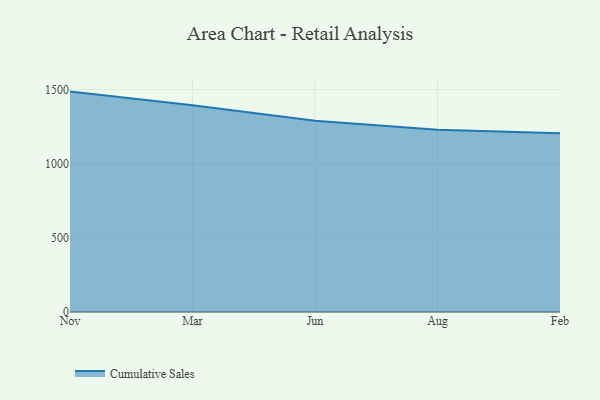
{"axis": {"x": "Month", "y": "Revenue (USD Million)"}, "legend": ["Cumulative Sales"], "data": [{"x": "Nov", "y": 1485.9, "type": "Cumulative Sales"}, {"x": "Mar", "y": 1394.5, "type": "Cumulative Sales"}, {"x": "Jun", "y": 1290.2, "type": "Cumulative Sales"}, {"x": "Aug", "y": 1228.0, "type": "Cumulative Sales"}, {"x": "Feb", "y": 1205.5, "type": "Cumulative Sales"}]}